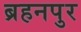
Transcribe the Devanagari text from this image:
ब्रहनपुर